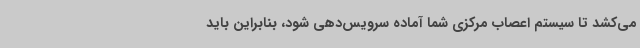
می‌کشد تا سیستم اعصاب مرکزی شما آماده سرویس‌دهی شود، بنابراین باید